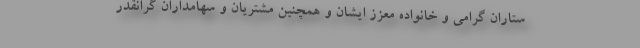
ستاران گرامی و خانواده معزز ایشان و همچنین مشتریان و سهامداران گرانقدر